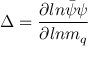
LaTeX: \Delta = { \frac { \partial l n \bar { \psi } \psi } { \partial l n m _ { q } } }